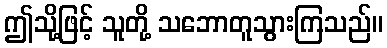
ဤသို့ဖြင့် သူတို့ သဘောတူသွားကြသည်။